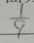
\frac { 1 } { 9 }